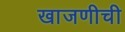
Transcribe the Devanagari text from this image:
खाजणीची